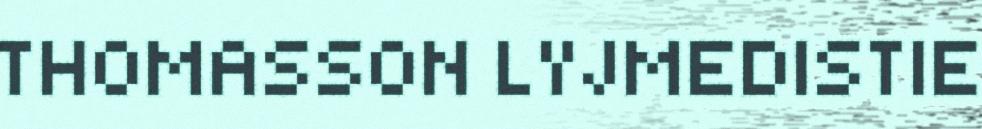
THOMASSON LYJMEDISTIE